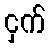
ငှက်